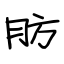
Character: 肪